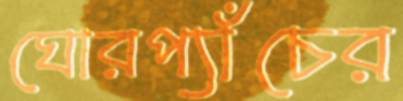
ঘোরপ্যাঁচের